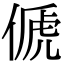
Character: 傂